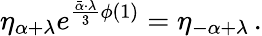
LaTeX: \eta_{\alpha+\lambda}e^{{\frac{\bar{\alpha}\cdot\lambda}{3}}\phi(1)}=\eta_{-\alpha+\lambda}\, .